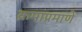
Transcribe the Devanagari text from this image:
क्रमाप्रमाणे